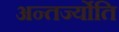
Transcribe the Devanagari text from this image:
अन्तर्ज्योति